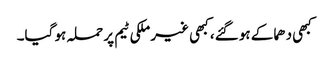
کبھی دھماکے ہو گئے، کبھی غیر ملکی ٹیم پر حملہ ہو گیا۔